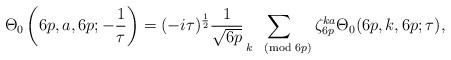
LaTeX: \begin{align*}\Theta_0\left(6p,a,6p;-\frac{1}{\tau}\right)&= (-i\tau)^{\frac12} \frac{1}{\sqrt{6p}} \sum_{k \pmod{6p}} \zeta_{6p}^{ka} \Theta_0(6p,k,6p;\tau),\end{align*}